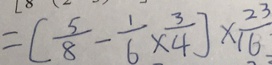
= [ \frac { 5 } { 8 } - \frac { 1 } { 6 } \times \frac { 3 } { 4 } ] \times \frac { 2 3 } { 1 6 }